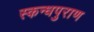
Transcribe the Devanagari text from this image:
स्कन्धपुराण